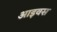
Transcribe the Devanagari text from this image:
आइवस